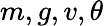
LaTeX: m,g,v,\theta